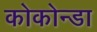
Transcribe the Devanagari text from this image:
कोकोन्डा